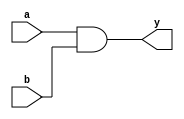
module and_gate(a,b,y);
input a,b;
output y;
wire a,b;
and g1(y,a,b);
endmodule

module test;
wire y;
reg a=1'b0,b=1'b0;
initial 
begin
    $dumpfile("and_gate_test.vcd");
    $dumpvars(0,test);
    
    #5  a = 1'b0;b = 1'b0; 
    #5 a = 1'b0;b = 1'b1; 
    #5  a = 1'b1;b = 1'b0; 
    #5  a = 1'b1;b = 1'b1; 
    #5 $finish;
end

and_gate a1(a,b,y);

initial
   $monitor("At time=%t,a=(%0d),b=(%0d),value=%h (%0d)",$time,a,b,y,y); 

endmodule